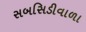
સબસિડીવાળા